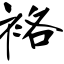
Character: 袼